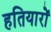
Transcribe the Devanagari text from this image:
हतियारों